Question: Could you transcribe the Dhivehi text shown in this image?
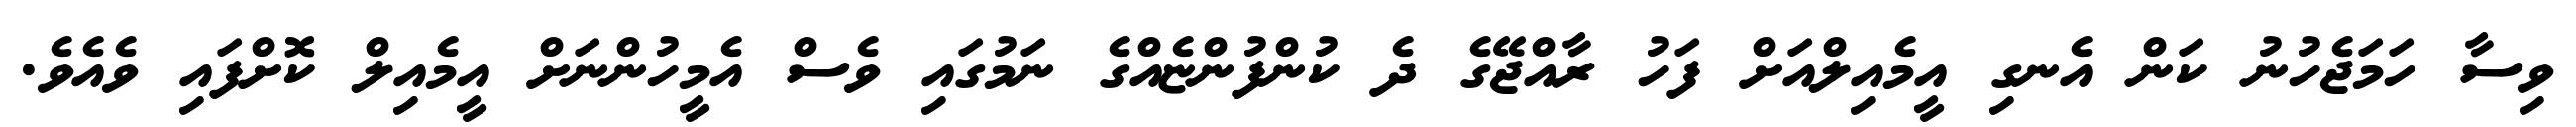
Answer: ވިސާ ހަމަޖެހުނު ކަން އެނގި އީމެއިލްއަށް ފަހު ރާއްޖޭގެ ދެ ކުންފުންޏެއްގެ ނަމުގައި ވެސް އެމީހުންނަށް އީމެއިލް ކޮށްފައި ވެއެވެ.